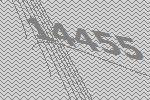
14455